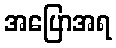
အပြောအရ